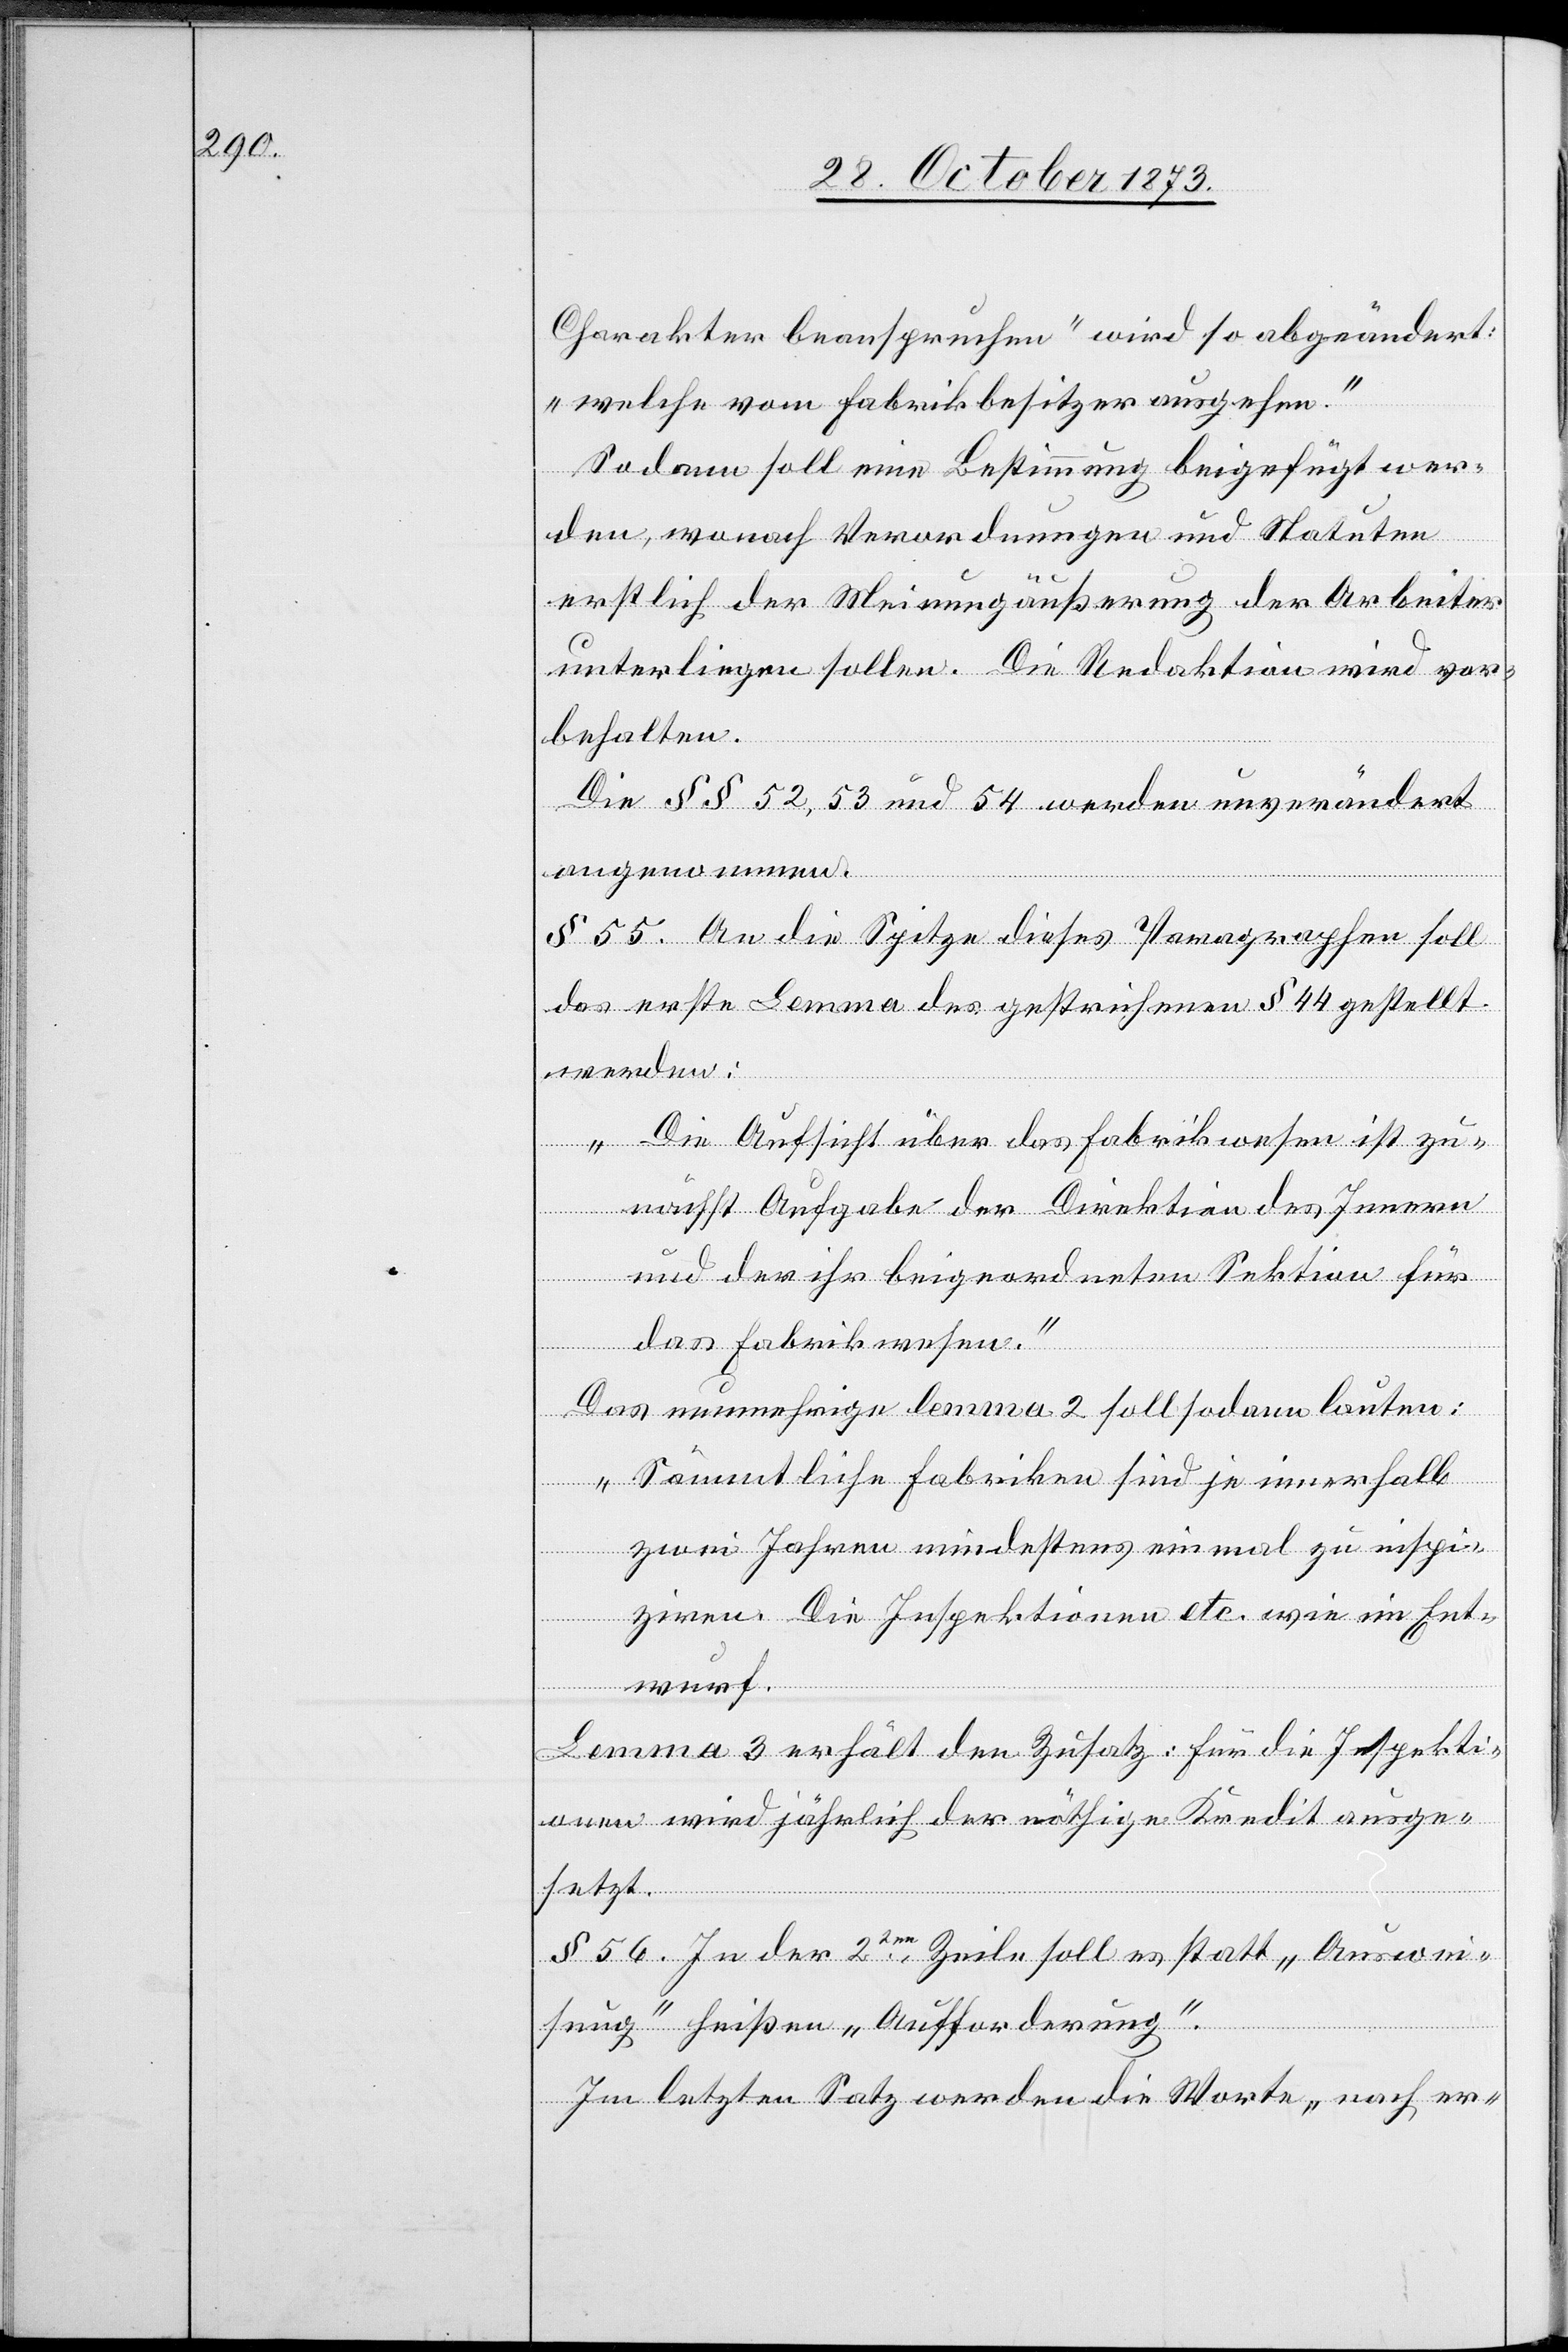
Charakter beanspruchen“ wird so abgeändert:
„welche vom Fabrikbesitzer ausgehen“.
Sodann soll eine Bestimmung beigefügt wer¬
den, wonach Verordnungen und Statuten
erstlich der Meinungäußerung der Arbeiter
unterliegen sollen. Die Redaktion wird vor¬
behalten.
Die §§ 52, 53 und 54 werden unverändert
angenommen.
§ 55. An die Spitze dieses Paragraphen soll
das erste Lemma des gestrichenen § 44 gestellt
werden:
„Die Aufsicht über das Fabrikwesen ist zu¬
nächst Aufgabe der Direktion des Innern
und der ihr beigeordneten Sektion für
das Fabrikwesen.“
Das nunmehrige lemma 2 soll sodann lauten:
„Sämmtliche Fabriken sind je innerhalb
zwei Jahren mindestens einmal zu inspi¬
ziren. Die Inspektionen etc. wie im Ent¬
wurf.“
Lemma 3 erhält den Zusatz: Für die Inspekti¬
onen wird jährlich der nöthige Kredit ausge¬
setzt.
§ 56. In der 2ten Zeile soll es statt „Auswei¬
sung“ heißen „Aufforderung“.
Im letzten Satz werden die Worte „nach er-